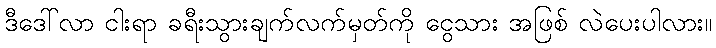
ဒီဒေါ်လာ ငါးရာ ခရီးသွားချက်လက်မှတ်ကို ငွေသား အဖြစ် လဲပေးပါလား။